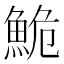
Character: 鮠